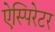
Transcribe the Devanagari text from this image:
ऐस्पिरेटर